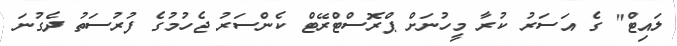
ލައިޓް" ގެ އަސަރު ކުރާ މީހުނަށް ޕްރޮސްޓްރޭޓް ކެންސަރު ޖެހުމުގެ ފުރުސަތު ދެގުނަ